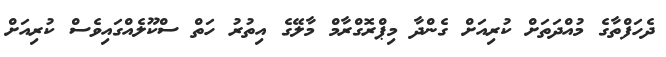
ދެހަފްތާގެ މުއްދަތަށް ކުރިއަށް ގެންދާ މިޕްރޮގްރާމް މާލޭގެ އިތުރު ހަތް ސްކޫލެއްގައިވެސް ކުރިއަށް